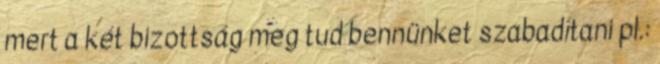
mert a két bizottság meg tud bennünket szabadítani pl.: